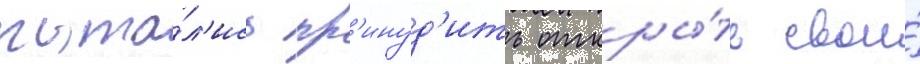
пыта́л'ись пр'инуд'ить откры́ть свои́